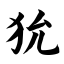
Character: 狁